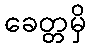
ခေတ္တမှိ